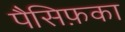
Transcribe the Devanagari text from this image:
पैसिफ़का